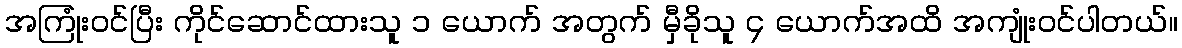
အကြုံးဝင်ပြီး ကိုင်ဆောင်ထားသူ ၁ ယောက် အတွက် မှီခိုသူ ၄ ယောက်အထိ အကျုံးဝင်ပါတယ်။